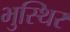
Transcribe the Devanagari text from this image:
भुस्थिर